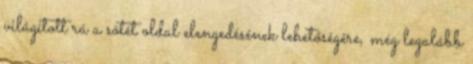
világított rá a sötét oldal elengedésének lehetőségére, még legalább